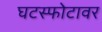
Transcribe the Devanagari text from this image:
घटस्फोटावर